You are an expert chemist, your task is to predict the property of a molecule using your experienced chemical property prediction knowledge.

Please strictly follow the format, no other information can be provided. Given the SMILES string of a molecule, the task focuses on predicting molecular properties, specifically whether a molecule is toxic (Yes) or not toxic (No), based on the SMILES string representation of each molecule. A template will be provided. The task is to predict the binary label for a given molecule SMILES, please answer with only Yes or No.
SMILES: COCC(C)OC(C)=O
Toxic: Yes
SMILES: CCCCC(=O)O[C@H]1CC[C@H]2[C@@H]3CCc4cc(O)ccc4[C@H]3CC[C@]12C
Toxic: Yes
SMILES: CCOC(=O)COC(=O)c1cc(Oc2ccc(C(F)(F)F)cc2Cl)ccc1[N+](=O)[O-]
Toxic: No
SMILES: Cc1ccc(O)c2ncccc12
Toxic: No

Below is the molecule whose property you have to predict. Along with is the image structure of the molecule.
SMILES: CC(C)CCC(=O)CCC(C)C
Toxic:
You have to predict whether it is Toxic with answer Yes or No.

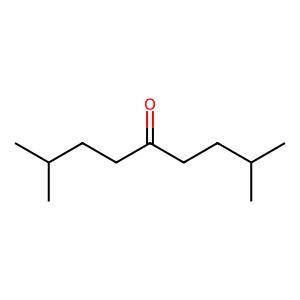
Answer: No